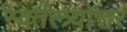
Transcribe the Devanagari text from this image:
स्वतंत्त्र्योत्तर